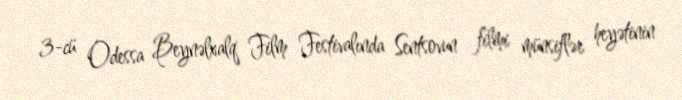
3-cü Odessa Beynəlxalq Film Festivalında Sentsovun filmi münsiflər heyətinin